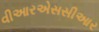
વીઆરએસસીઆર